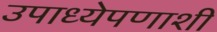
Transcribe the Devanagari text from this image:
उपाध्येपणाशी